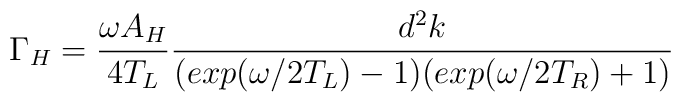
\Gamma_H= \frac{\omega A_H }{4 T_L}\frac{ d^2k}{(exp(\omega/2T_L)-1)(exp(\omega/2T_R) + 1)}